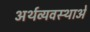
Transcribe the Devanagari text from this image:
अर्थव्यवस्थाअें